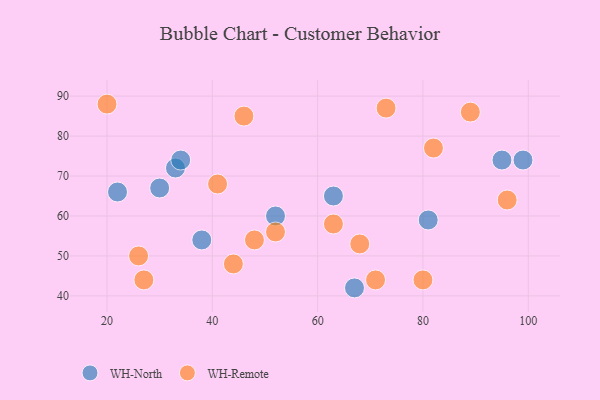
{"axis": {"x": "GDP", "y": "Life Expectancy"}, "legend": ["WH-North", "WH-Remote"], "data": [{"x": "33", "y": 72, "type": "WH-North"}, {"x": "99", "y": 74, "type": "WH-North"}, {"x": "95", "y": 74, "type": "WH-North"}, {"x": "38", "y": 54, "type": "WH-North"}, {"x": "52", "y": 60, "type": "WH-North"}, {"x": "63", "y": 65, "type": "WH-North"}, {"x": "67", "y": 42, "type": "WH-North"}, {"x": "81", "y": 59, "type": "WH-North"}, {"x": "34", "y": 74, "type": "WH-North"}, {"x": "30", "y": 67, "type": "WH-North"}, {"x": "22", "y": 66, "type": "WH-North"}, {"x": "46", "y": 85, "type": "WH-Remote"}, {"x": "48", "y": 54, "type": "WH-Remote"}, {"x": "41", "y": 68, "type": "WH-Remote"}, {"x": "44", "y": 48, "type": "WH-Remote"}, {"x": "63", "y": 58, "type": "WH-Remote"}, {"x": "73", "y": 87, "type": "WH-Remote"}, {"x": "71", "y": 44, "type": "WH-Remote"}, {"x": "68", "y": 53, "type": "WH-Remote"}, {"x": "52", "y": 56, "type": "WH-Remote"}, {"x": "27", "y": 44, "type": "WH-Remote"}, {"x": "96", "y": 64, "type": "WH-Remote"}, {"x": "82", "y": 77, "type": "WH-Remote"}, {"x": "89", "y": 86, "type": "WH-Remote"}, {"x": "26", "y": 50, "type": "WH-Remote"}, {"x": "20", "y": 88, "type": "WH-Remote"}, {"x": "80", "y": 44, "type": "WH-Remote"}]}